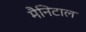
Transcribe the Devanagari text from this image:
मैनिटाल